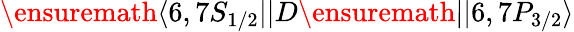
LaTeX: \ensuremath{\langle 6,7S_{1/2}||}D\ensuremath{||6,7P_{3/2}\rangle}